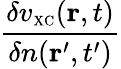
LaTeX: \frac{\delta v_{\scriptscriptstyle\mathrm{XC}}({\mathbf r},t)}{\delta n({\mathbf r}^{\prime},t^{\prime})}